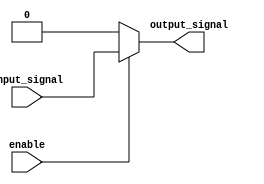
module buffer_with_enable (
    input wire enable,
    input wire input_signal,
    output reg output_signal
);

always @ (enable or input_signal)
begin
    if (enable)
        output_signal = input_signal;
    else
        output_signal = 1'b0;
end

endmodule